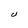
Character: U